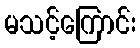
မသင့်ကြောင်း